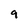
Character: 9